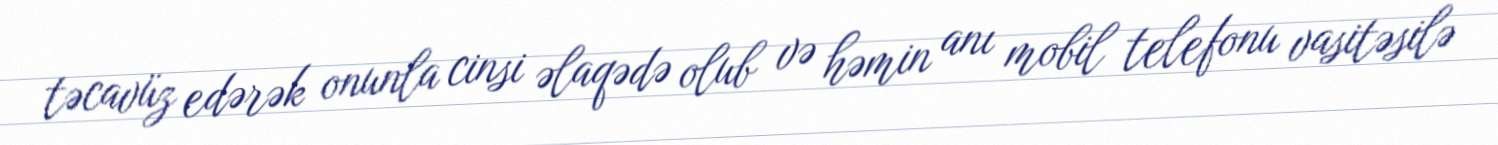
təcavüz edərək onunla cinsi əlaqədə olub və həmin anı mobil telefonu vasitəsilə